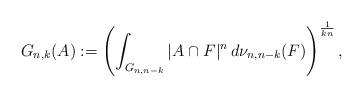
LaTeX: \begin{align*}G_{n,k}(A):=\left (\int_{G_{n,n-k}}|A\cap F|^n\,d\nu_{n,n-k}(F)\right )^{\frac{1}{kn}},\end{align*}